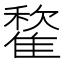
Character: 𩀒